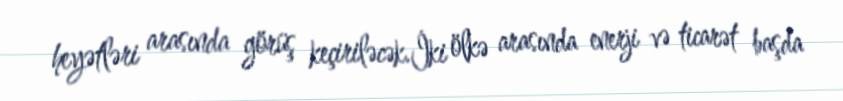
heyətləri arasında görüş keçiriləcək.İki ölkə arasında enerji və ticarət başda